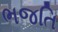
ભજતિ